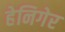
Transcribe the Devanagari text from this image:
हेनिगेर